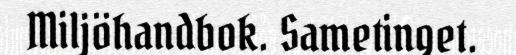
Miljöhandbok. Sametinget.